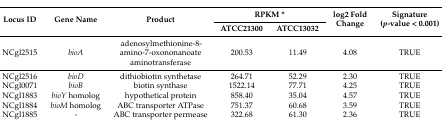
<table><thead><tr><td rowspan="2"><b>Locus ID</b></td><td rowspan="2"><b>Gene Name</b></td><td rowspan="2"><b>Product</b></td><td colspan="2"><b>RPKM * </b></td><td rowspan="2"><b>log2 Fold Change</b></td><td rowspan="2"><b>Signature (<i>p</i>-value &lt; 0.001)</b></td></tr><tr><td><b>ATCC21300</b></td><td><b>ATCC13032</b></td></tr></thead><tbody><tr><td>NCgl2515</td><td><i>bioA</i></td><td>adenosylmethionine-8-amino-7-oxononanoate aminotransferase</td><td>200.53</td><td>11.49</td><td>4.08</td><td>TRUE</td></tr><tr><td>NCgl2516</td><td><i>bioD</i></td><td>dithiobiotin synthetase</td><td>264.71</td><td>52.29</td><td>2.30</td><td>TRUE</td></tr><tr><td>NCgl0071</td><td><i>bioB</i></td><td>biotin synthase</td><td>1522.14</td><td>77.71</td><td>4.25</td><td>TRUE</td></tr><tr><td>NCgl1883</td><td><i>bioY</i> homolog</td><td>hypothetical protein</td><td>858.40</td><td>35.04</td><td>4.57</td><td>TRUE</td></tr><tr><td>NCgl1884</td><td><i>bioM</i> homolog</td><td>ABC transporter ATPase</td><td>751.37</td><td>60.68</td><td>3.59</td><td>TRUE</td></tr><tr><td>NCgl1885</td><td>-</td><td>ABC transporter permease</td><td>322.68</td><td>61.30</td><td>2.36</td><td>TRUE</td></tr></tbody></table>